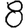
Digit: 8